Report on horse surra - Volume II, Part II
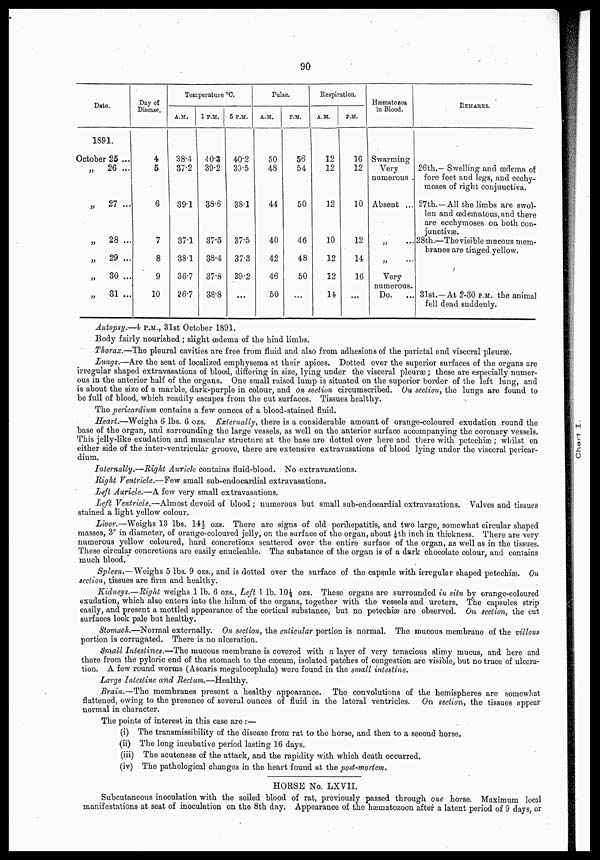
90
Date.
1891.
October 25 ...
„
26 ...
„
27 ...
„
28 ...
„
29 ...
„
30 ...
„
31 ...
Day of
Disease.
4
5
6
7
8
9
10
Temperature °C.
A.M.
38.4
37.2
39.1
37.1
38.1
36.7
36.7
1 P.M.
40.3
39.2
38.6
37.5
38.4
37.8
38.8
5 P.M.
40.2
39.5
38.1
37.5
373
39.2
...
Pulse.
A.M.
50
48
44
40
42
46
50
P.M.
56
54
50
46
48
50
...
Respiration.
A.M.
12
12
12
10
12
12
14.
P.M.
36
12
10
12
14
16
...
Hæmatozoa
in Blood.
Swarming
Very
numerous .
Absent ...
„ ...
„
Very
numerous.
Do.
...
REMARKS.
26th.— Swelling and œdema of
fore feet and legs, and ecchy-
moses of right conjunctiva.
27th.—All the limbs are swol-
len and œdematous, and there
are ecchymoses on both con-
junctivæ.
28th.—Thevisible mucous mem-
branes are tinged yellow.
31st.—At 2-30 P.M. the animal
fell dead suddenly.
Autopsy.—4 P.M., 31st October 1891.
Body fairly nourished ; slight œdema of the hind limbs.
Thorax.—The pleural cavities are free from fluid and also from adhesions of the parietal and visceral pleuræ.
Lungs.—Are the seat of localized emphysema at their apices. Dotted over the superior surfaces of the organs are
irregular shaped extravasations of blood, differing in size, lying under the visceral pleuræ ; these are especially numer-
ous in the anterior half of the organs. One small raised lump is situated on the superior border of the left lung, and
is about the size of a marble, dark-purple in colour, and on section circumscribed. On section, the lungs are found to
be full of blood, which readily escapes from the cut surfaces. Tissues healthy.
The pericardium contains a few ounces of a blood-stained fluid.
Heart.—Weighs 6 lbs. 6 ozs. Externally, there is a considerable amount of orange-coloured exudation round the
base of the organ, and surrounding the large vessels, as well on the anterior surface accompanying the coronary vessels.
This jelly-like exudation and muscular structure at the base are dotted over here and there with petechiæ ; whilst on
either side of the inter-ventricular groove, there are extensive extravasations of blood lying under the visceral pericar-
dium.
Internally.—Right Auricle contains fluid-blood. No extravasations.
Right Ventricle.—Few small sub-endocardial extravasations.
Left Auricle.—A few very small extravasations.
Left Ventricle.—Almost devoid of blood; numerous but small sub-endocardial extravasations. Valves and tissues
stained a light yellow colour.
Liver.—Weighs 13 lbs. 14½ ozs. There are signs of old perihepatitis, and two large, somewhat circular shaped
masses, 3" in diameter, of orange-coloured jelly, on the surface of the organ, about 1/8th inch in thickness. There are very
numerous yellow coloured, hard concretions scattered over the entire surface of the organ, as well as in the tissues.
These circular concretions are easily enucleable. The substance of the organ is of a dark chocolate colour, and contains
much blood.
Spleen.—Weighs 5 lbs. 9 ozs., and is dotted over the surface of the capsule with irregular shaped petechiæ. On
section, tissues are firm and healthy.
Kidneys.—Right weighs 1 lb. 6 ozs., Left 1 lb. 10½ ozs. These organs are surrounded in situ by orange-coloured
exudation, which also enters into the hilum of the organs, together with the vessels and ureters. The capsules strip
easily, and present a mottled appearance of the cortical substance, but no petechiæ are observed. On section, the cut
surfaces look pale but healthy.
Stomach.—Normal externally. On section, the cuticular portion is normal. The mucous membrane of the villous
portion is corrugated. There is no ulceration.
Small Intestines.—The mucous membrane is covered with a layer of very tenacious slimy mucus, and here and
there from the pyloric end of the stomach to the cæcum, isolated patches of congestion are visible, but no trace of ulcera-
tion. A few round worms (Ascaris megalocephala) were found in the small intestine.
Large Intestine and Rectum.—Healthy.
Brain.—The membranes present a healthy appearance. The convolutions of the hemispheres are somewhat
flattened, owing to the presence of several ounces of fluid in the lateral ventricles. On section, the tissues appear
normal in character.
The points of interest in this case are :—
(i) The transmissibility of the disease from rat to the horse, and then to a second horse.
(ii) The long incubative period lasting 16 days.
(iii) The acuteness of the attack, and the rapidity with which death occurred.
(iv) The pathological changes in the heart found at the post-mortem.
HORSE No. LXVII.
Subcutaneous inoculation with the soiled blood of rat, previously passed through one horse. Maximum local
manifestations at seat of inoculation on the 8th day. Appearance of the hæmatozoon after a latent period of 9 days, or